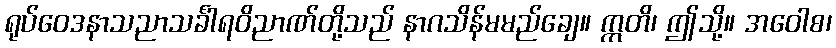
ရုပ်ဝေဒနာသညာသင်္ခါရဝိညာဏ်တို့သည် နာဂသိန်မမည်ချေ။ ဣတိ၊ ဤသို့။ အဝေါစ၊